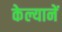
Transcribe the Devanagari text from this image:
केल्यानें